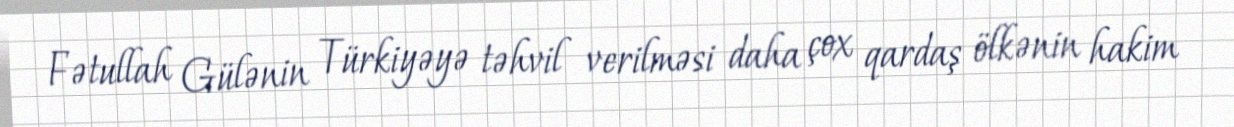
Fətullah Gülənin Türkiyəyə təhvil verilməsi daha çox qardaş ölkənin hakim